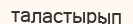
таластырып